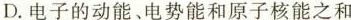
D.电子的动能、电势能和原子核能之和